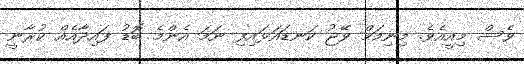
ވެސް މިއީއެވެ. މިނިމަމް ވޭޖު ކަނޑައަޅައިފި ނަމަ އެންމެ ބޮޑު ފައިދާއެއް ކުރާނީ